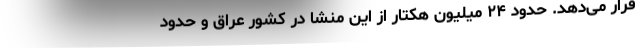
قرار می‌دهد. حدود ۲۴ میلیون هکتار از این منشا در کشور عراق و حدود